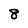
Character: 8